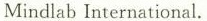
Mindlab International.